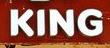
king